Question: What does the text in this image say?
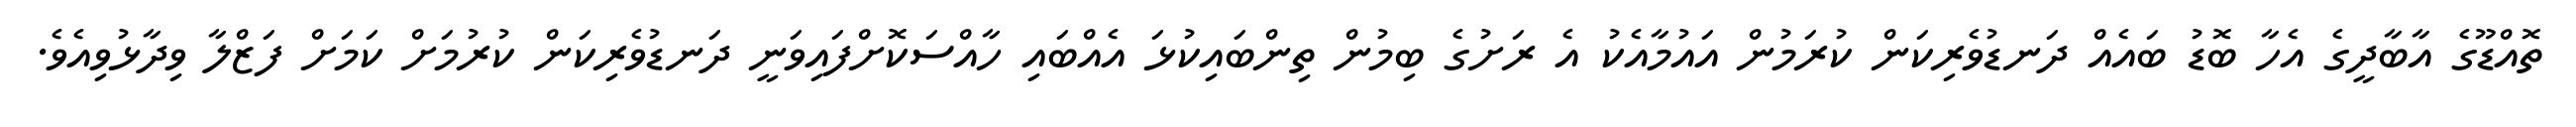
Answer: ތޮއްޑޫގެ އާބާދީގެ އެހާ ބޮޑު ބައެއް ދަނޑުވެރިކަން ކުރަމުން އައުމާއެކު އެ ރަށުގެ ބިމުން ތިންބައިކުޅަ އެއްބައި ހާއްސަކޮށްފައިވަނީ ދަނޑުވެރިކަން ކުރުމަށް ކަމަށް ފަޒްލާ ވިދާޅުވިއެވެ.